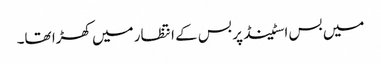
‎میں بس اسٹینڈ پر بس کے انتظار میں کھڑا تھا۔